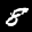
Label: 8